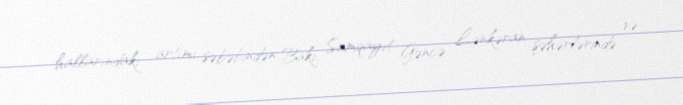
hallarındakı artımı səbəbindən Bakı, Sumqayıt, Gəncə, Lənkəran şəhərlərində və